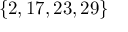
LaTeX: \lbrace 2 , 1 7 , 2 3 , 2 9 \rbrace